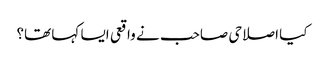
کیا اصلاحی صاحب نے واقعی ایسا کہا تھا؟